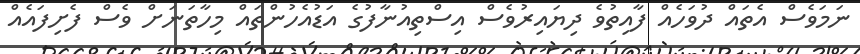
ނަަމަވެސް އެތައް ދުވަހެއް ފާއިތުވެ ދިޔައިރުވެސް އިސްތިއުނާފުގެ އަޑުއެހުންތައް މިހާތަނަށް ވެސް ފެށިފައެއް